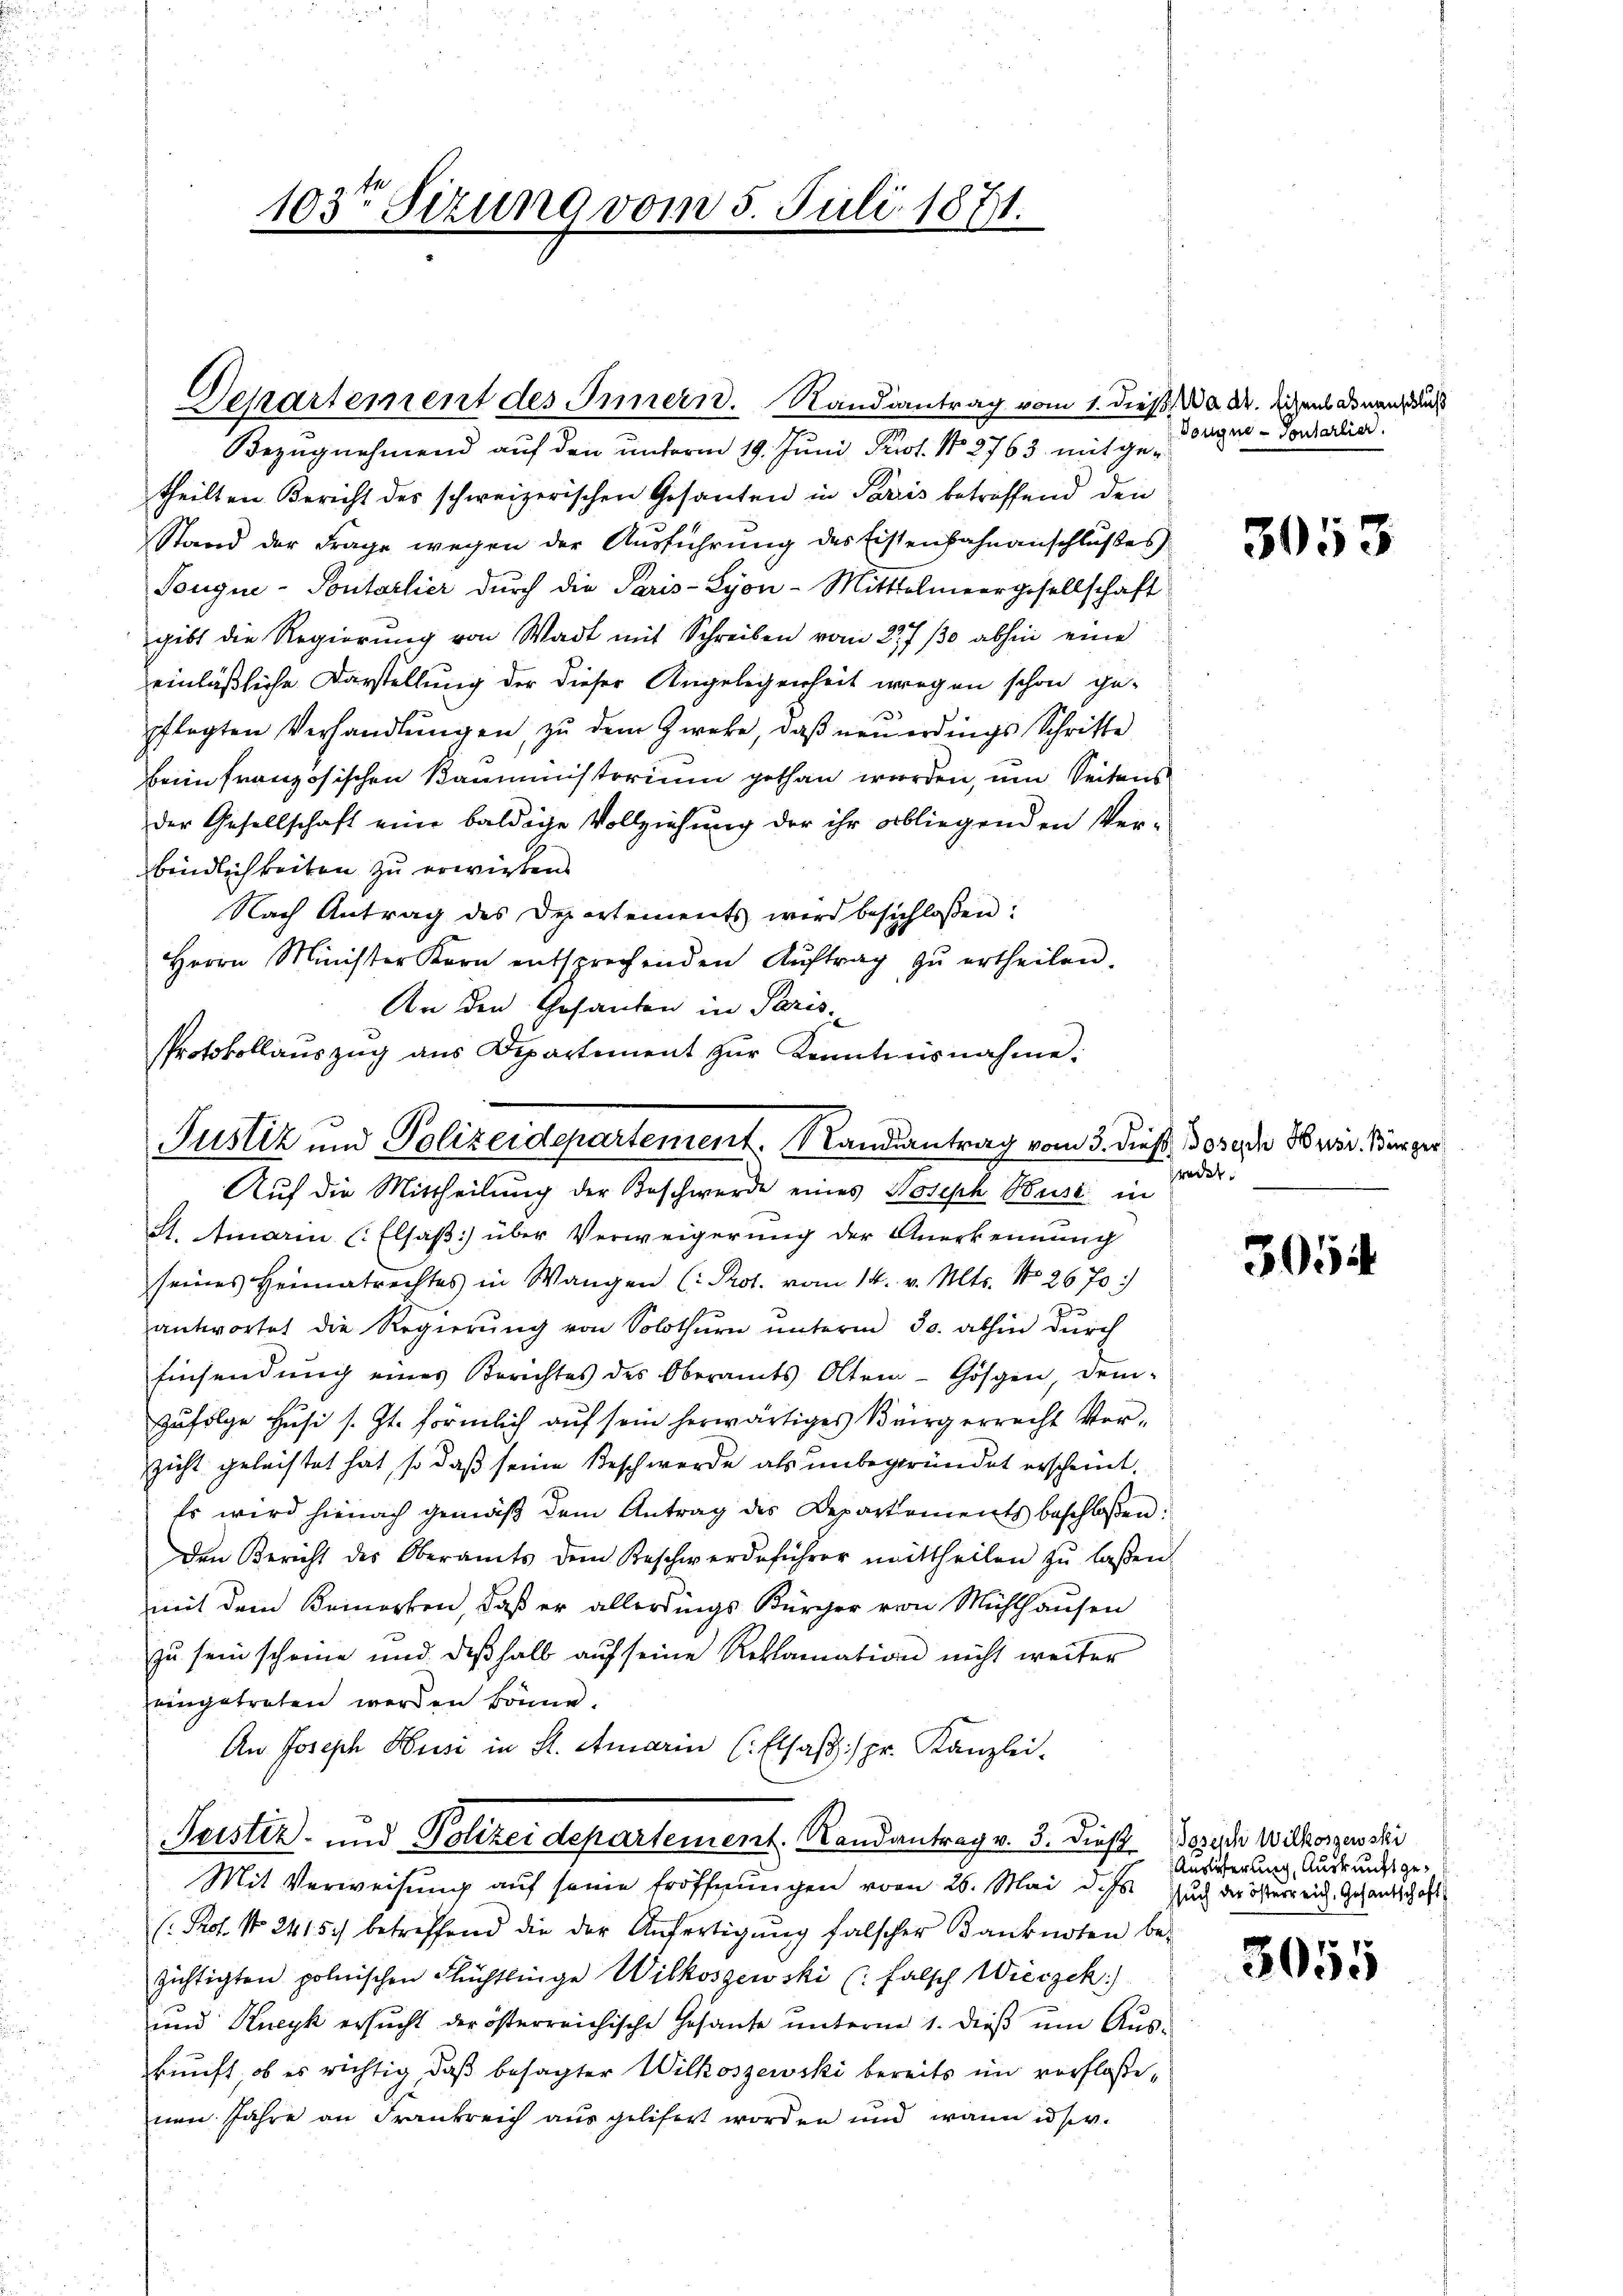
103ten Sizung vom 5. Juli 1871.

Departement des Innern. Randiantrag vom 1. dieß, da Dr. Sichens donanz auch
Bezugnehmend auf den unterm 19. Juni Prot. No 2763 mit ge¬

theilten Bericht des schweizerischen Gesanten in Paris betreffend den
Stand der Frage wegen der Ausführung des Eisenbahnanschlußes
Longue-Pontorlier durch die Paris-Lyon-Mittelmeergesellschaft
gibt die Regierung von Wadt mit Schreiben vom 277 30 abhin eine
einläßliche Darstellung der dieser Angelegenheit vorgen schon gef
pflegten Verhandlungen, zu dem Zweke, daß neu erdings Schritte
beim französischen Kauministorium gethan werden, um Seitens
der Gesellschaft eine baldige Vollziehung der ihr obliegenden Verbindlichkeiten zu erwirken.
Nach Antrag des Departements wird beschlossen:
Herrn Minister Korn entsprechenden Aŭftrag zŭ ertheilen.
An den Gesanten in Paris
Protokollaŭszŭg ans Departement zŭr Kenntnisnahme:

Justiz und Polizeidepartement. Sandsantrag vom 3. dieß Joseph Swis. Bürger
Auf die Mittheilung der Beschwerde eines Joseph Buse in

Dougne-Tontarlier.

St. Amarin (Elsaß über Verweigerung der Anerkennung
seines Heimatrechtes in Wangen (: Prot. vom 14. v. Mts. No 2670)
antwortet die Regierŭng von Solothŭrn ŭnterm 30. abhin dŭrch
Einsendung eines Berichtes des Oberamts Olten-Gösgen, dem-
Zufolge Husi s. Zt. förmlich auf sein herwärtiges Bürgerrecht Verzicht geleistet hat, so daß seine Beschwerde als unbegründet erscheint.
Es wird hienach gemäß dem Antrag des Departements beschloßen:
den Bericht des Oberamts dem Beschwerdeführer mittheilen zŭ lassen
mit dem Bemerken, daß er allerdings Bürger von Mühlhausen
zu sein scheine und deβhalb auf seine Reklamation nicht weiter
eingetreten werden könne.
An Joseph Husi in St. Amarin (: Elsaβ:/ pr. Kanzlei-
Tristiz- und Polizeidepartement. Randantrag v. 3. Dies Bozische Witkorgen si
Mit Verweisung auf seine Eröffnungen vom 26. Mai dass such der österreich. Gesandtschaft
( Prof. No. 2415. betreffend die der Anfertigŭng falscher Banknoten be-
zichtigten polnischen Flüchtlinge Wilkosgewski (: falsch Wieczek.)
und Kneyk ersucht der österreichische Gesante unterm 1. dieß um Auskunft, ob es richtig, daß besagter Wilkoszewski bereits im verfloßenen Jahre an Frankreich aus gelisert worden und wann es v.

3053

redet

3054

Auslieferung, Auskunft ge¬

3055